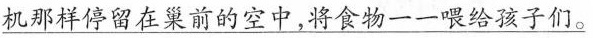
机那样停留在巢前的空中，将食物一一喂给孩子们。}